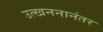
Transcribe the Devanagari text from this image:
उत्खननानंतर